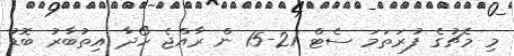
މި މެޗުގެ ފުރަތަމަ ސެޓް 21-15 ން ރާއްޖެ ހޯދާ އިތުބާރު ބޮޑު